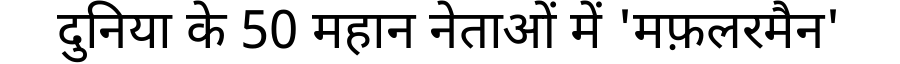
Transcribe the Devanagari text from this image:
दुनिया के 50 महान नेताओं में 'मफ़लरमैन'